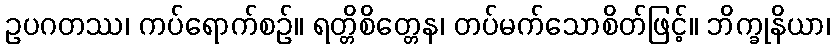
ဥပဂတဿ၊ ကပ်ရောက်စဉ်။ ရတ္တိစိတ္တေန၊ တပ်မက်သောစိတ်ဖြင့်။ ဘိက္ခုနိယာ၊